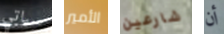
سياتي الأمير شارعين أن